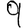
Digit: 9